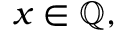
x \in \mathbb { Q } ,